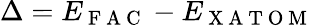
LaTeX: \Delta=E_{\mathrm{~F~A~C~}}-E_{\mathrm{~X~A~T~O~M~}}